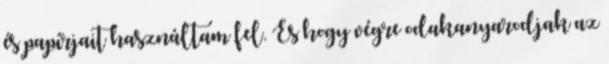
és papírjait használtam fel. És hogy végre odakanyarodjak az